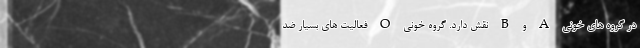
در گروه های خونی A و B نقش دارد. گروه خونی O فعالیت های بسیار ضد